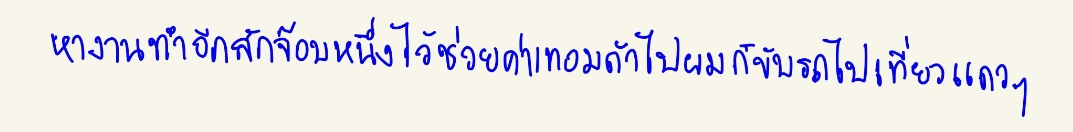
หางานทำอีกสักจ๊อบหนึ่งไว้ช่วยค่าเทอมถ้าไปผมก็ขับรถไปเที่ยวแถวๆ